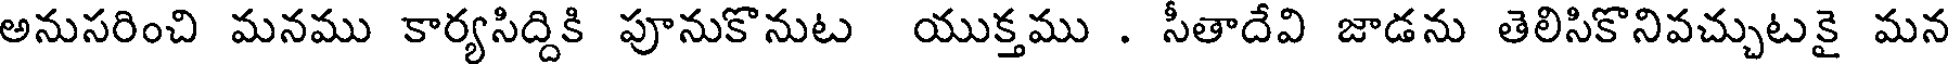
అనుసరించి మనము కార్యసిద్దికి పూనుకొనుట యుక్తము . సీతాదేవి జాడను తెలిసికొనివచ్చుటకై మన